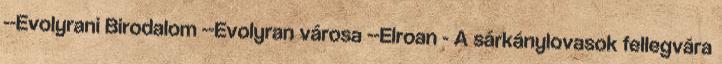
--Evolyrani Birodalom --Evolyran városa --Elroan - A sárkánylovasok fellegvára